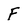
Character: F